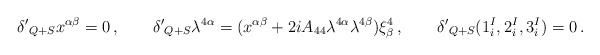
\begin{align*}{\delta'}_{Q+S} x^{\alpha \beta} = 0\,, \qquad {\delta'}_{Q+S} \lambda^{4\alpha} = (x^{\alpha \beta} + 2i A_{44} \lambda^{4 \alpha} \lambda^{4 \beta})\xi^4_\beta \,, \qquad {\delta'}_{Q+S} (1^I_i,2^I_i,3^I_i) =0 \, .\end{align*}